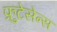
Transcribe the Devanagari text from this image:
फ्रुटेसेन्स